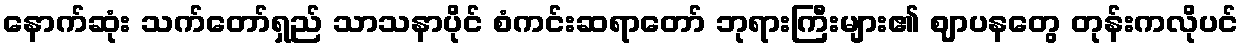
နောက်ဆုံး သက်တော်ရှည် သာသနာပိုင် စံကင်းဆရာတော် ဘုရားကြီးများ၏ ဈာပနတွေ တုန်းကလိုပင်